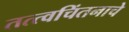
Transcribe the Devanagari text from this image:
तत्त्वचिंतनाचे